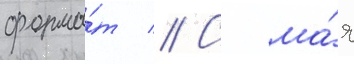
форма́т // С ма́я